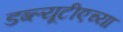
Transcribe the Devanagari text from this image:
डब्ल्यूटीएच्या